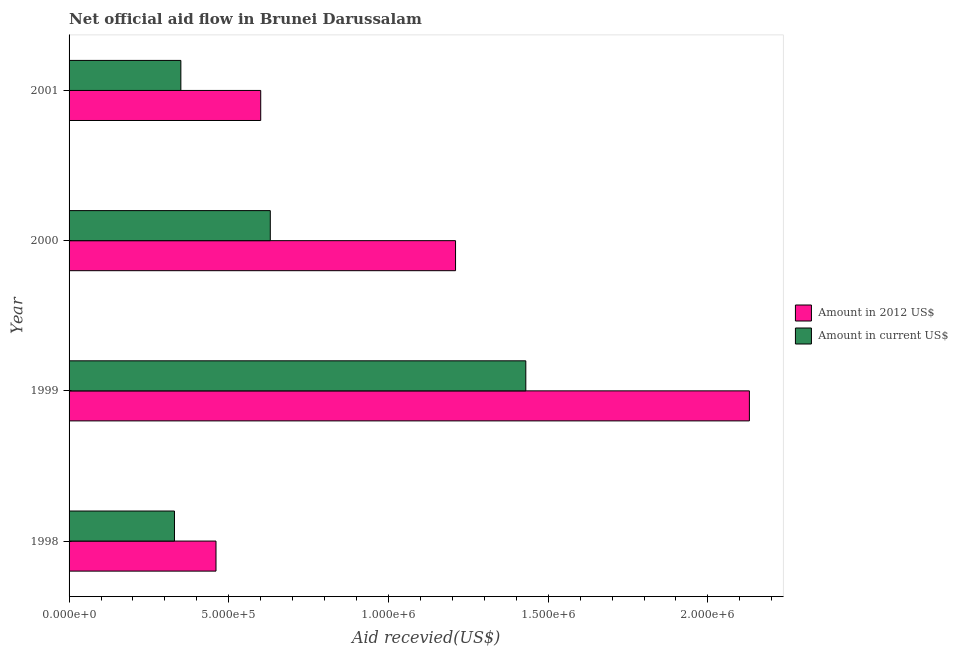
| Year | Amount in 2012 US$ | Amount in current US$ |
 | --- | --- | --- |
 | 1998 | 4.6e+05 | 3.3e+05 |
 | 1999 | 2.13e+06 | 1.43e+06 |
 | 2000 | 1.21e+06 | 6.3e+05 |
 | 2001 | 6e+05 | 3.5e+05 |